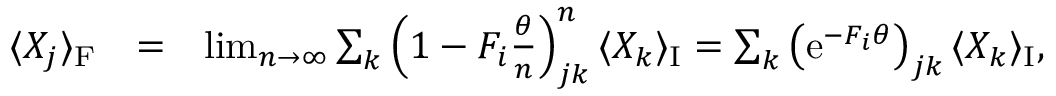
\begin{array} { r l r } { \langle { X } _ { j } \rangle _ { \mathrm { F } } } & { = } & { \operatorname* { l i m } _ { n \rightarrow \infty } \sum _ { k } \left( 1 - { F } _ { i } \frac { \theta } { n } \right) _ { j k } ^ { n } \langle { X } _ { k } \rangle _ { \mathrm { I } } = \sum _ { k } \left( \mathrm { e } ^ { - { F } _ { i } \theta } \right) _ { j k } \langle { X } _ { k } \rangle _ { \mathrm { I } } , } \end{array}